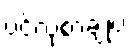
ပင်လုံစာချုပ်